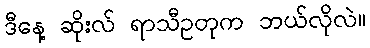
ဒီနေ့ ဆိုးလ် ရာသီဥတုက ဘယ်လိုလဲ။